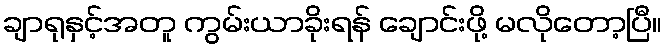
ချာရုနှင့်အတူ ကွမ်းယာခိုးရန် ချောင်းဖို့ မလိုတော့ပြီ။